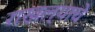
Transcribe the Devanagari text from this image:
राखल्याचे